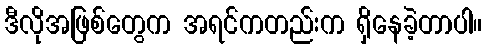
ဒီလိုအဖြစ်တွေက အရင်ကတည်းက ရှိနေခဲ့တာပါ။